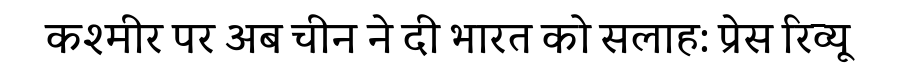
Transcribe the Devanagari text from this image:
कश्मीर पर अब चीन ने दी भारत को सलाह: प्रेस रिव्यू